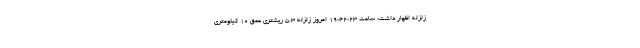
زلزله اظهار داشت: ساعت 19:42:23 امروز زلزله 5.3 ریشتری عمق 10 کیلومتری